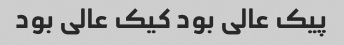
پیک عالی بود کیک عالی بود